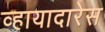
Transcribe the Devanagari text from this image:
व्हायादारेस